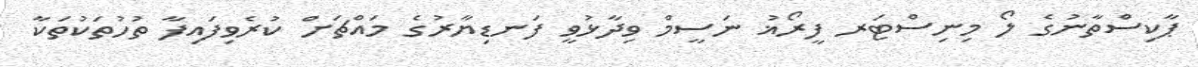
ޕާކިސްތާނުގެ ލޯ މިނިސްޓަރ ފީރޯޣު ނަސީމް ވިދާޅުވީ ފަނޑިޔާރުގެ މައްޗަށް ކުރެވިފައިފާ ތުހުތަކުތަކާ